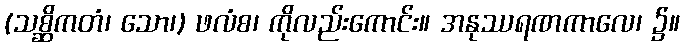
(သစ္ဆိကတံ၊ သော၊) ဖလံစ၊ ကိုလည်းကောင်း။ အနုဿရဏကာလေ၊ ၌။